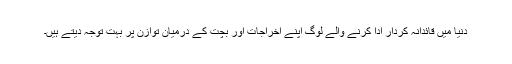
دنیا میں قائدانہ کردار ادا کرنے والے لوگ اپنے اخراجات اور بچت کے درمیان توازن پر بہت توجہ دیتے ہیں۔